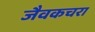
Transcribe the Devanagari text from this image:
जैवकचरा